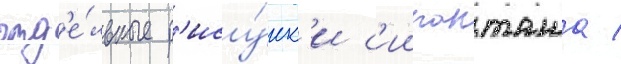
отд'е́льные р'ису́нк'и с'иипанташа /